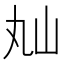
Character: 𡵎